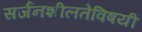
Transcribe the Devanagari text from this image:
सर्जनशीलतेविषयी